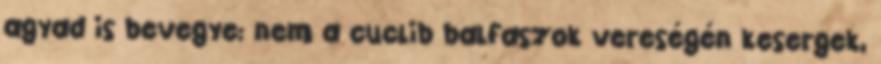
agyad is bevegye: nem a cuclib balfaszok vereségén kesergek,